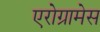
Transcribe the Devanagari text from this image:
एरोग्रामेस